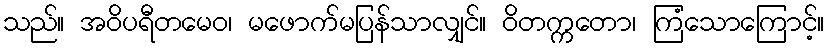
သည်။ အဝိပရီတမေဝ၊ မဖောက်မပြန်သာလျှင်။ ဝိတက္ကတော၊ ကြံသောကြောင့်။